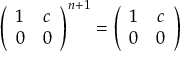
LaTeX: \left( { \begin{array} { c c } { 1 } & { c } \\ { 0 } & { 0 } \end{array} } \right) ^ { n + 1 } = \left( { \begin{array} { c c } { 1 } & { c } \\ { 0 } & { 0 } \end{array} } \right)